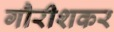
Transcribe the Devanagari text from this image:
गौरीशकर